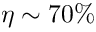
\eta \sim 7 0 \%